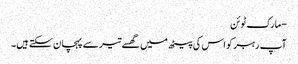
- مارک ٹوئن
آپ رہبر کو اس کی پیٹھ میں گھسے تیر سے پہچان سکتے ہیں۔